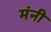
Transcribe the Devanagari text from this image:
मंनी